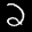
Label: 2